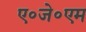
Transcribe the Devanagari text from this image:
ए०जे०एम